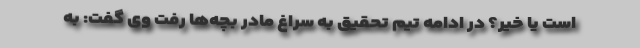
است یا خیر؟ در ادامه تیم تحقیق به سراغ مادر بچه‌ها رفت وی گفت: به